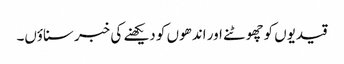
قیدیوں کوچھوٹنے اور اندھوں کو دیکھنے کی خبر سناؤں۔